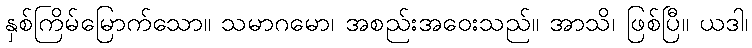
နှစ်ကြိမ်မြောက်သော။ သမာဂမော၊ အစည်းအဝေးသည်။ အာသိ၊ ဖြစ်ပြီ။ ယဒါ၊